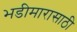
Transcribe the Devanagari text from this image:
भडीमारासाठी